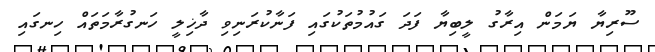
ސޫރިޔާ ޔަމަން އިރާގު ލީބިޔާ ފަދަ ގައުމުތަކުގައި ފަނާކުރަނިވި ދާޚިލީ ހަނގުރާމަތައް ހިނގައި